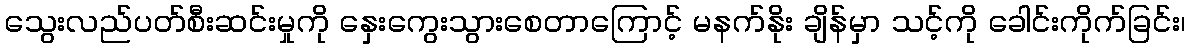
သွေးလည်ပတ်စီးဆင်းမှုကို နှေးကွေးသွားစေတာကြောင့် မနက်နိုး ချိန်မှာ သင့်ကို ခေါင်းကိုက်ခြင်း၊